Regulations for the medical services of the Army of India
Year: 1930
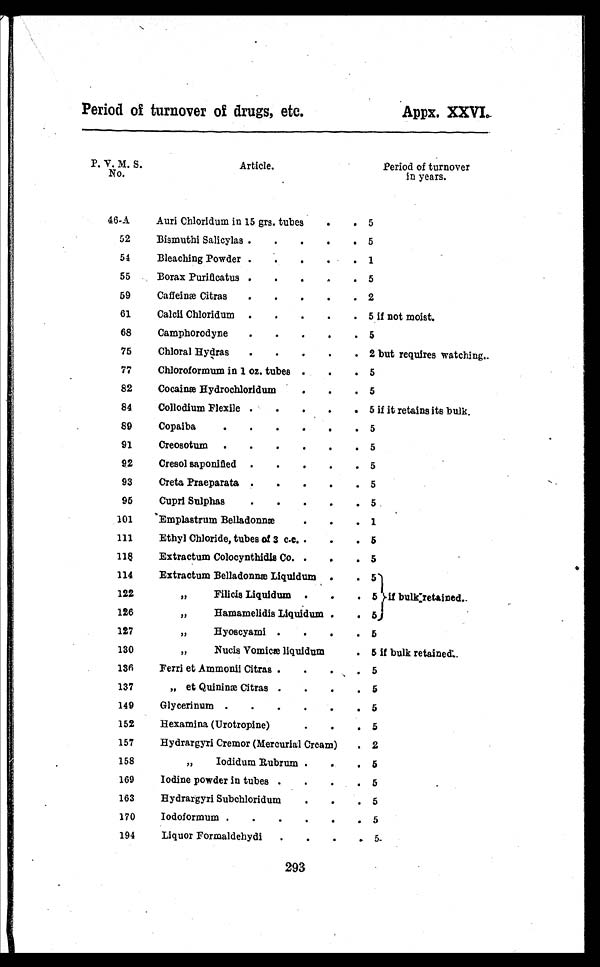
Period of turnover of drugs, etc.
Appx. XXVI.
P. V. M. S.
No.
Article.
Period of turnover
in years.
46-A
Auri Chloridum in 15 grs. tubes
.
. 5
52
Bismuthi Salicylas .
.
.
.
. 5
54
Bleaching Powder .
.
.
.
. 1
55
Borax Purificatus .
.
. . . 5
59
Caffeinæ Citras .
.
.
.
. 2
61
Calcii Chloridum .
.
.
.
. 5 if not moist.
68
Camphorodyne .
.
.
.
. 5
75
Chloral Hydras .
.
.
.
. 2
b u t r e q u i r e s w a t c h i n g . .
77
Chloroformum in 1 oz. tubes .
.
. 5
82
Cocainæ Hythochloridum
.
. . 5
84
Collodium Flexile .
.
.
.
. 5 if it retains its bulk.
89
Copaiba
.
.
.
.
.
. 5
91
Creosotum .
.
.
.
.
. 5
92
Cresol saponified .
.
.
.
. 5
93
Creta Praeparata .
.
.
.
. 5
96
Cupri Sulphas
.
.
.
.
. 5
101
Emplastrum Belladonnæ . . . 1
111
Ethyl Chloride, tubes of 3 c.c.
. . 5
118
Extractum Colocynthidis Co. .
.
. 5
114
Extractum Belladonnæ Liquidum .
. 5
if bulk retained.
122
, ,
F i l i c i s L i q u i d u m
. . . 5
126
,,
Hamamelidis Liquidum.
. 5
127
, ,
H y o s c y a m i
. . . . 5
130
,,
Nucis Vomicæ liquidum
. 5 if bulk retained..
136
Ferri et Ammonii Citras . . .
.
5
137
„ et Quininæ Citras .
. . .
5
149
Glyeerinum .
.
.
.
. .
5
152
Hexamina (Urotropine)
.
. .
5
157
Hydrargyri Cremor (Mercurial Cream) .
2
158
„
Iodidum Rubrum . . .
5
169
Iodine powder in tubes .
. . .
5
.
163
Hydrargyri Subchloridum
. . .
5
170
Iodoformum .
.
.
.
. .
5
194
Liquor Formaldehydi .
.
. .
5
293